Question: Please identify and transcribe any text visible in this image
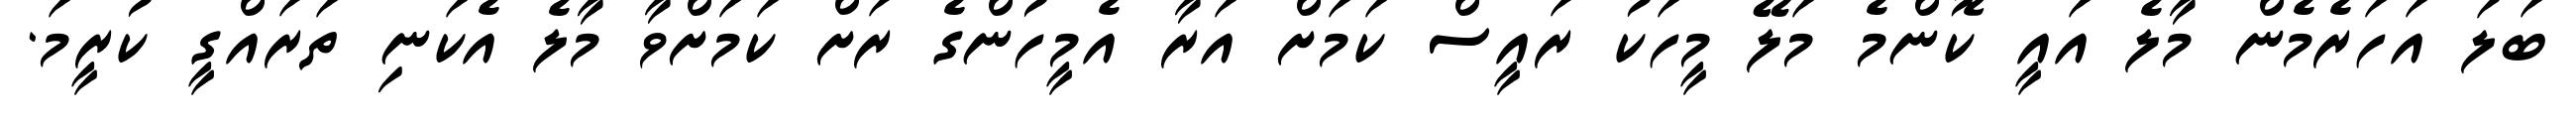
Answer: ބަލަ އަހަރެމެން މާލެ އައީ ކޮންމެ މަލޭ މީހަކު ރައީސް ކަމަށް އަރާ އެމީހުންގެ ރަށް ކަމަށްވާ މާލެ އެކަނި ތަރައްގީ ކުރީމަ.